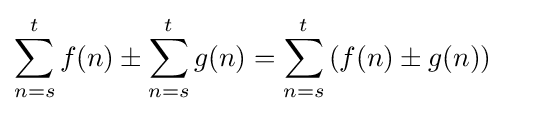
\sum _{n=s}^{t}f(n)\pm \sum _{n=s}^{t}g(n)=\sum _{n=s}^{t}\left(f(n)\pm g(n)\right)\quad